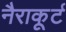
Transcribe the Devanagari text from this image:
नैराकूर्ट